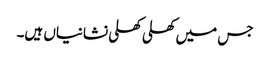
جس میں کھلی کھلی نشانیاں ہیں۔